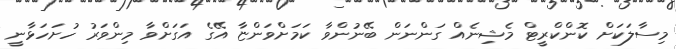
މިސާލަކަށް ކޮންކްރީޓް މެޝިނެއް ގަންނަން ބޭނުންވާ ކަމަށްވަންޏާ އޭގެ އަގަށްވާ މިންވަރު ހުށަހަޅާނީ